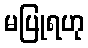
မပြုရဟု